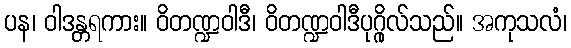
ပန၊ ဝါဒန္တရကား။ ဝိတဏ္ဍဝါဒီ၊ ဝိတဏ္ဍဝါဒီပုဂ္ဂိုလ်သည်။ အကုသလံ၊